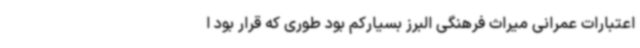
اعتبارات عمرانی میراث فرهنگی البرز بسیارکم بود طوری که قرار بود ا